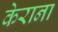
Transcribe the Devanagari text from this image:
केराना